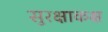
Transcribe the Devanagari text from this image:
सुरक्षाकक्ष